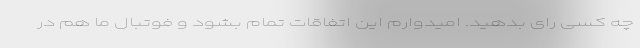
چه کسی رای بدهید. امیدوارم این اتفاقات تمام بشود و فوتبال ما هم در